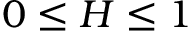
0 \le H \le 1